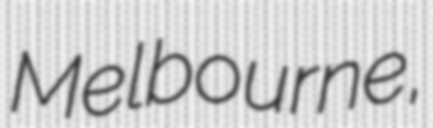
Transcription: Melbourne,